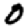
Digit: 0